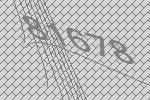
81678